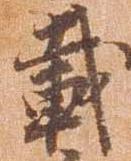
載